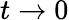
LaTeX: t\to 0